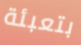
بتعبئة